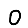
Digit: 0